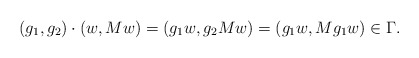
\begin{align*}(g_1,g_2) \cdot (w,Mw)=(g_1w,g_2Mw)=(g_1w,Mg_1w) \in \Gamma.\end{align*}